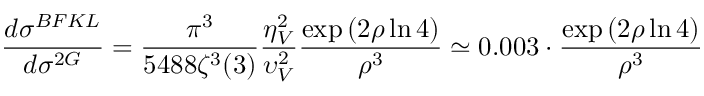
{ \frac { d \sigma ^ { B F K L } } { d \sigma ^ { 2 G } } } = { \frac { \pi ^ { 3 } } { 5 4 8 8 \zeta ^ { 3 } ( 3 ) } } { \frac { \eta _ { V } ^ { 2 } } { \upsilon _ { V } ^ { 2 } } } { \frac { \exp { ( 2 \rho \ln { 4 } ) } } { \rho ^ { 3 } } } \simeq 0 . 0 0 3 \cdot { \frac { \exp { ( 2 \rho \ln { 4 } ) } } { \rho ^ { 3 } } }